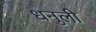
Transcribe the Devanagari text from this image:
धनुली